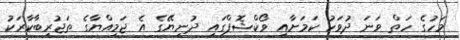
މަހުގެ ހަތް ވަނަ ދުވަހު ކަމަށާއި ވޯކްޝޮޕްގައި ދުނިޔޭގެ އެ ޖަމިއްޔާގެ ތަޖުރިބާކާރަކު